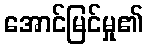
အောင်မြင်မှု၏